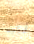
قريبه